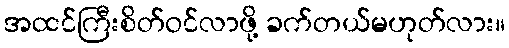
အထင်ကြီးစိတ်ဝင်လာဖို့ ခက်တယ်မဟုတ်လား။